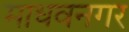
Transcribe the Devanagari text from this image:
माधवनगर